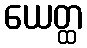
ယေတ္ထ